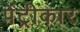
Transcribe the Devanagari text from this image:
पेंट्रीकार